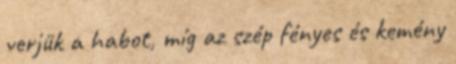
verjük a habot, míg az szép fényes és kemény